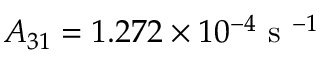
A _ { 3 1 } = 1 . 2 7 2 \times 1 0 ^ { - 4 } \mathrm { ~ s ~ } ^ { - 1 }